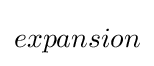
expansion